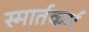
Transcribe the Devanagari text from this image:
स्मार्तकर्म